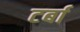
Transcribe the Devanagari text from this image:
टर्बा